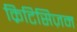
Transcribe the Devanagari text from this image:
क्रिटिसिज़म